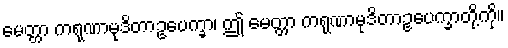
မေတ္တာ ကရုဏာမုဒိတာဥပေက္ခာ၊ ဤ မေတ္တာ ကရုဏာမုဒိတာဥပေက္ခာတို့ကို။